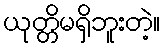
ယုတ္တိမရှိဘူးတဲ့။